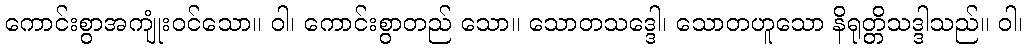
ကောင်းစွာအကျုံးဝင်သော။ ဝါ၊ ကောင်းစွာတည် သော။ သောတသဒ္ဒေါ၊ သောတဟူသော နိရုတ္တိသဒ္ဒါသည်။ ဝါ၊